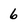
Character: 6